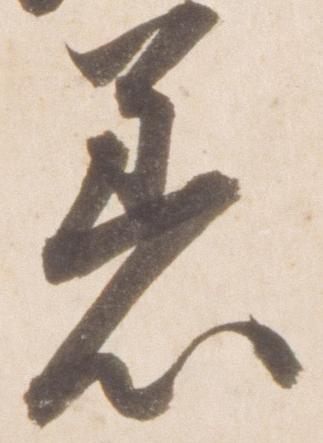
着